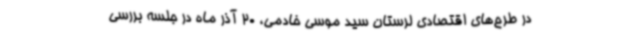
در طرح‌های اقتصادی لرستان سید موسی خادمی، 20 آذر ماه در جلسه بررسی